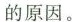
的原因。